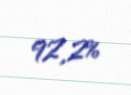
92,2%